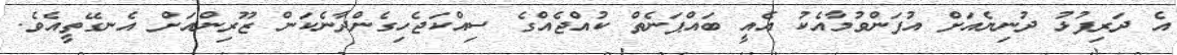
އެ ދަރިފުޅު ދުނިޔެއަށް އުފަންވުމާއެކު އެއީ ބައްޕަނެތް ކުއްޖެއްގެ ސިއްކަޖެހިގެންދާނެކަން ޒޫރިންއަށް އެނގޭތީއެވެ.